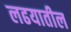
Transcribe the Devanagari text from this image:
लढयातील